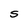
Character: S